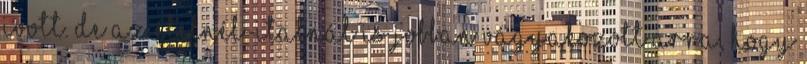
ivott. De az ételnél-italnál is jobban vágyakozott arra, hogy